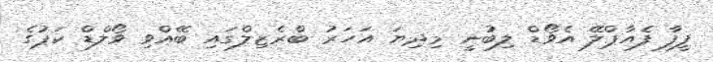
ފީފާ ފެއާޕްލޭ އެވޯޑް ލިބުނީ މިދިޔަ އަހަރު ބްރެޒިލްގައި ބޭއްވި ވޯލްޑް ކަޕުގެ